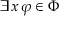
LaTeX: \exists x \, \varphi \in \Phi